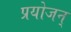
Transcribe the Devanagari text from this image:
प्रयोजन्